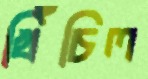
খিঁচিল